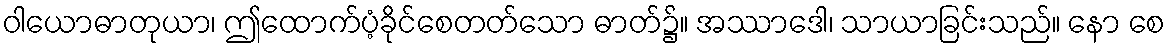
ဝါယောဓာတုယာ၊ ဤထောက်ပံ့ခိုင်စေတတ်သော ဓာတ်၌။ အဿာဒေါ၊ သာယာခြင်းသည်။ နော စေ